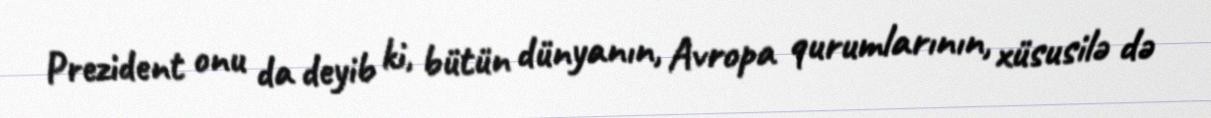
Prezident onu da deyib ki, bütün dünyanın, Avropa qurumlarının, xüsusilə də